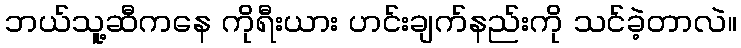
ဘယ်သူ့ဆီကနေ ကိုရီးယား ဟင်းချက်နည်းကို သင်ခဲ့တာလဲ။